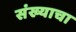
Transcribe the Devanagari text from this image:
संख्याचा